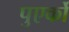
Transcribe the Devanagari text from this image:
पुएर्को